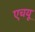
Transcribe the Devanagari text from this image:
एचयू